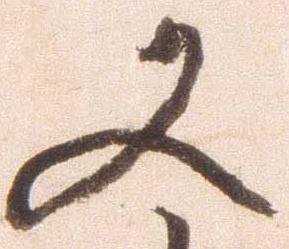
又